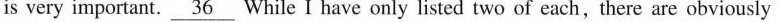
is very important.\underline{36} While I have only listed two of each,there are obviously